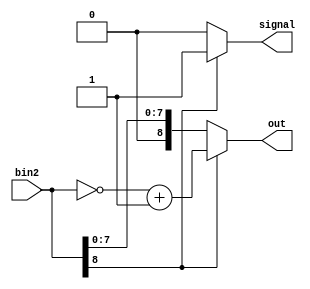
module ConversorComp2(bin2, out, signal);
	input 	  [8:0] bin2;
	output reg [8:0] out;
	output reg signal;

	always @ (*) begin
		if(bin2[8] == 1'b1) begin
			signal = 1;
			out = ~(bin2[8:0]) + 1'b1;
		end
		else begin
			signal = 0;
			out = bin2[8:0];
		end
	
	end

endmodule